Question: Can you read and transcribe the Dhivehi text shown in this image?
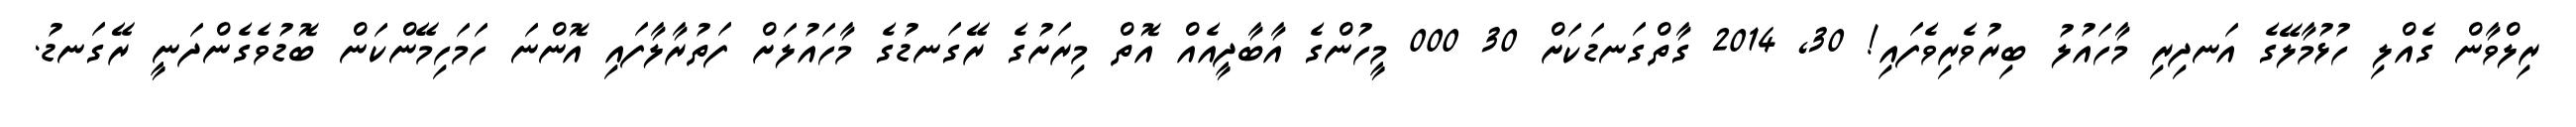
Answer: ރިލްވާން ގެއްލި ހުޅުމާލޭގެ އަނދިރި މާހައުލު ބިރުވެރިވެފައި! 30, 2014 ގާތްގަނޑަކަށް 30 000 މީހުންގެ އާބާދީއެއް އޮތް މިރަށުގެ ރޭގަނޑުގެ މާހައުލަށް ފަތުރާލާފައި އޮންނަ ހަމަހިމޭންކަން ބޮޑުވެގެންދަނީ ރޭގަނޑު.